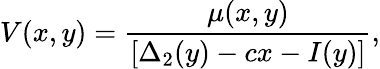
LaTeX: V(x,y)=\frac{\mu(x,y)}{[\Delta_{2}(y)-cx-I(y)]},